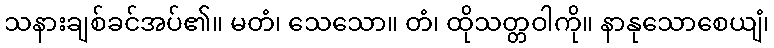
သနားချစ်ခင်အပ်၏။ မတံ၊ သေသော။ တံ၊ ထိုသတ္တဝါကို။ နာနုသောစေယျံ၊